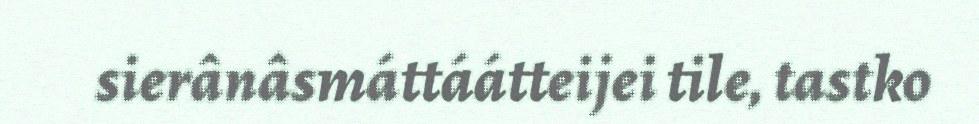
sierânâsmáttáátteijei tile, tastko